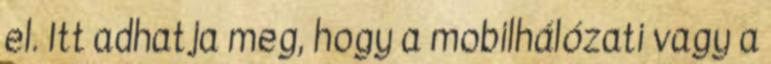
el. Itt adhatja meg, hogy a mobilhálózati vagy a